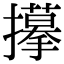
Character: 𢸆